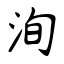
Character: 洵